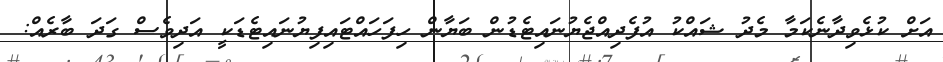
އަށް ކުޅެވިދާނެކަމާ މެދު ޝައްކު އުފެދިއްޖެޔުނައިޓެޑުން ބަޔާން ހިފަހައްޓައިފިޔުނައިޓެޑަކީ އަދިވެސް ގަދަ ބާރެއް: